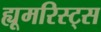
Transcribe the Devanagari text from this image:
ह्यूमरिस्ट्स